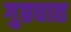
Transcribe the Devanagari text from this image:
गुप्तघात